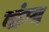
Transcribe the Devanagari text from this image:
वांग्य